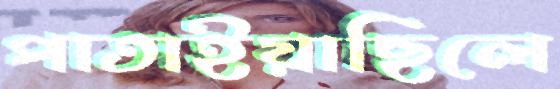
পাতাইয়াছিলে